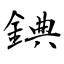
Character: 錪